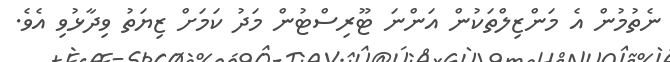
ނެތުމުން އެ މަންޒިލްތަކުން އަންނަ ޓޫރިސްޓުން މަދު ކަމަށް ޒިޔަތު ވިދާޅުވި އެވެ.